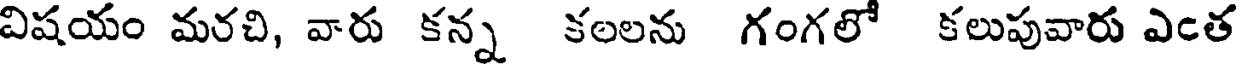
విషయం మరచి, వారు కన్న కలలను గంగలో కలుపువారు ఎంత